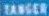
TANGER